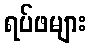
ရပ်ဖများ